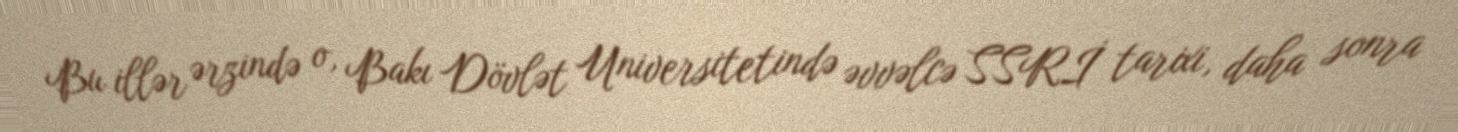
Bu illər ərzində o, Bakı Dövlət Universitetində əvvəlcə SSRİ tarixi, daha sonra